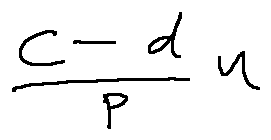
\frac { c - d } { p } u